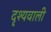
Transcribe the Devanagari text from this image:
दृश्यवाली